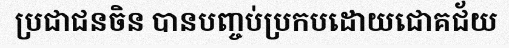
ប្រជាជនចិន បានបញ្ចប់ប្រកបដោយជោគជ័យ